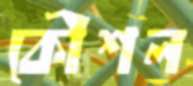
কৌশল